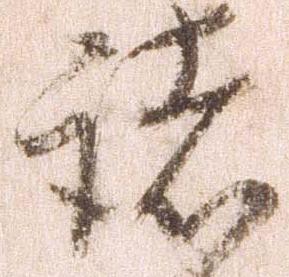
諸